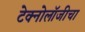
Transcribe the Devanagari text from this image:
टेक्नोलॉजीचा